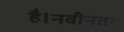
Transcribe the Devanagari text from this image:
है।नवीनतम